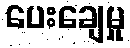
ပေးချေမှု